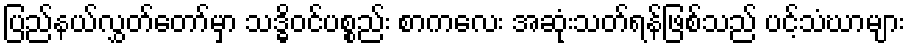
ပြည်နယ်လွှတ်တော်မှာ သဒ္ဓိဝင်ပစ္စည်း စာကလေး အဆုံးသတ်ရန်ဖြစ်သည် ပင့်သံဃာများ